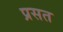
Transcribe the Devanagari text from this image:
प्रसत